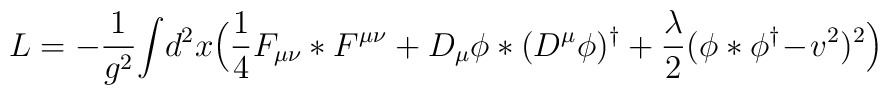
L=-{1\over g^2} \!\int\! d^2 x \Bigl( {1\over 4}F_{\mu\nu} * F^{\mu\nu}+D_\mu\phi * (D^\mu\phi)^\dagger+{\lambda\over 2} (\phi *\phi^\dagger\!-\!v^2)^2\Bigr)